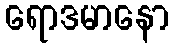
ရောဒမာနော